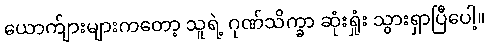
ယောက်ျားများကတော့ သူရဲ့ ဂုဏ်သိက္ခာ ဆုံးရှုံး သွားရှာပြီပေါ့။